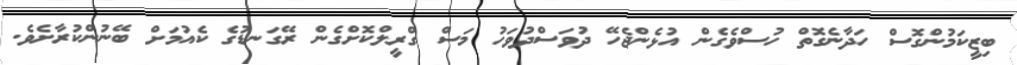
ބިޒީކަމުންގޮސް ހަދާނެގޮތް ހުސްވެގެން އުޅެންޖެހޭ ދުވަސްދުވަހު މަސް ގްރީލްކޮށްގެން ރޭގަނޑުގެ ކެއުމަށް ބޭނުންކުރާށެވެ.